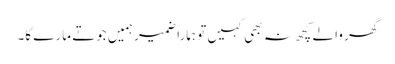
گھر والے کچھ نہ بھی کہیں تو ہمارا ضمیر ہمیں جوتے مارے گا۔